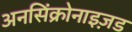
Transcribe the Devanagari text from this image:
अनसिंक्रोनाइज़ड